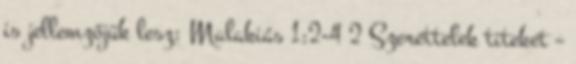
is jellemzőjük lesz: Malakiás 1:2-4 2 Szerettelek titeket –